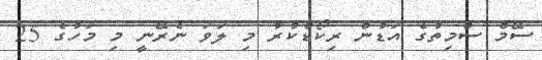
ސޭމް ސްމިތުގެ އަޑުން ރިކޯޑްކުރާ މި ލަވަ ނެރޭނީ މި މަހުގެ 25